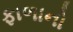
ફાળાનો